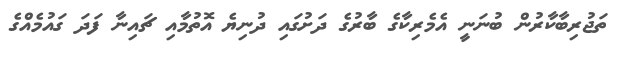
ތަޖުރިބާކާރުން ބުނަނީ އެމެރިކާގެ ބާރުގެ ދަށުގައި ދުނިޔެ އޮތުމާއި ޗައިނާ ފަދަ ގައުމެއްގެ